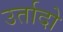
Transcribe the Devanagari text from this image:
उर्तादो